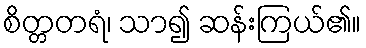
စိတ္တတရံ၊ သာ၍ ဆန်းကြယ်၏။